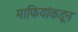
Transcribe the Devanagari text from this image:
माफियांकडून